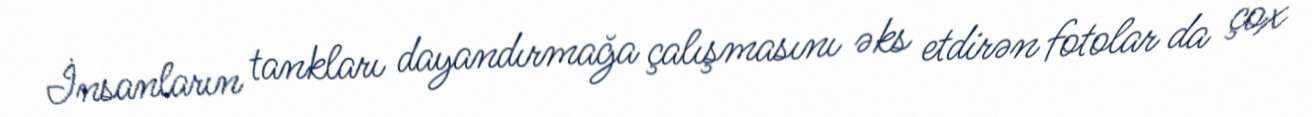
İnsanların tankları dayandırmağa çalışmasını əks etdirən fotolar da çox